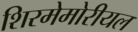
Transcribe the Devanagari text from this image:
शिरमेमोरीयल